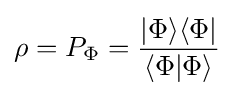
\rho =P_{\Phi }={\frac {|\Phi \rangle \langle \Phi |}{\langle \Phi |\Phi \rangle }}